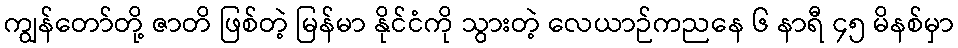
ကျွန်တော်တို့ ဇာတိ ဖြစ်တဲ့ မြန်မာ နိုင်ငံကို သွားတဲ့ လေယာဉ်ကညနေ ၆ နာရီ ၄၅ မိနစ်မှာ